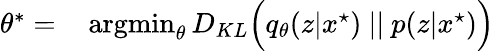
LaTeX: \begin{array}{rl}{\theta^{*}=}&{{}\operatorname*{argmin}_{\theta}D_{KL}\Big(q_{\theta}(z|x^{\star})\ ||\ p(z|x^{\star})\Big)}\end{array}